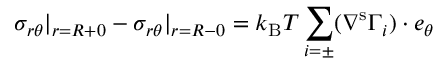
\sigma _ { r \theta } | _ { r = R + 0 } - \sigma _ { r \theta } | _ { r = R - 0 } = k _ { \mathrm { B } } T \sum _ { i = \pm } ( \nabla ^ { \mathrm { s } } \Gamma _ { i } ) \cdot \boldsymbol { e } _ { \theta }